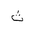
Letter: _tha